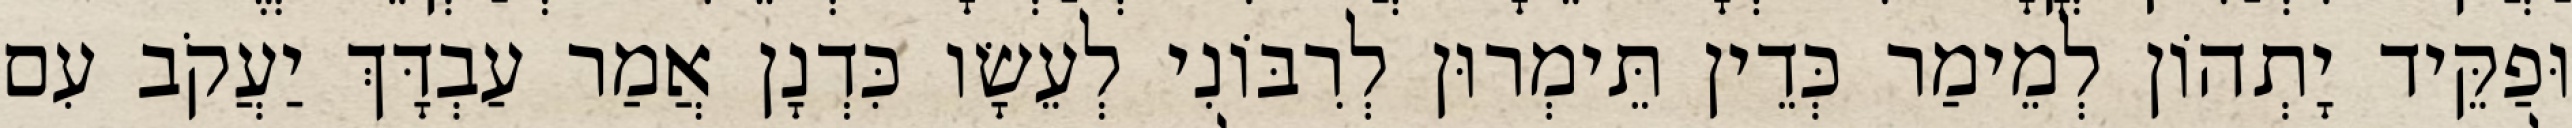
וּפַקֵּיד יָתְהוֹן לְמֵימַר כְּדֵין תֵּימְרוּן לְרִבּוֹנִי לְעֵשָׂו כִּדְנָן אֲמַר עַבְדָּךְ יַעֲקֹב עִם